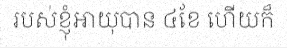
របស់ខ្ញុំអាយុបាន ៤ខែ ហើយក៏